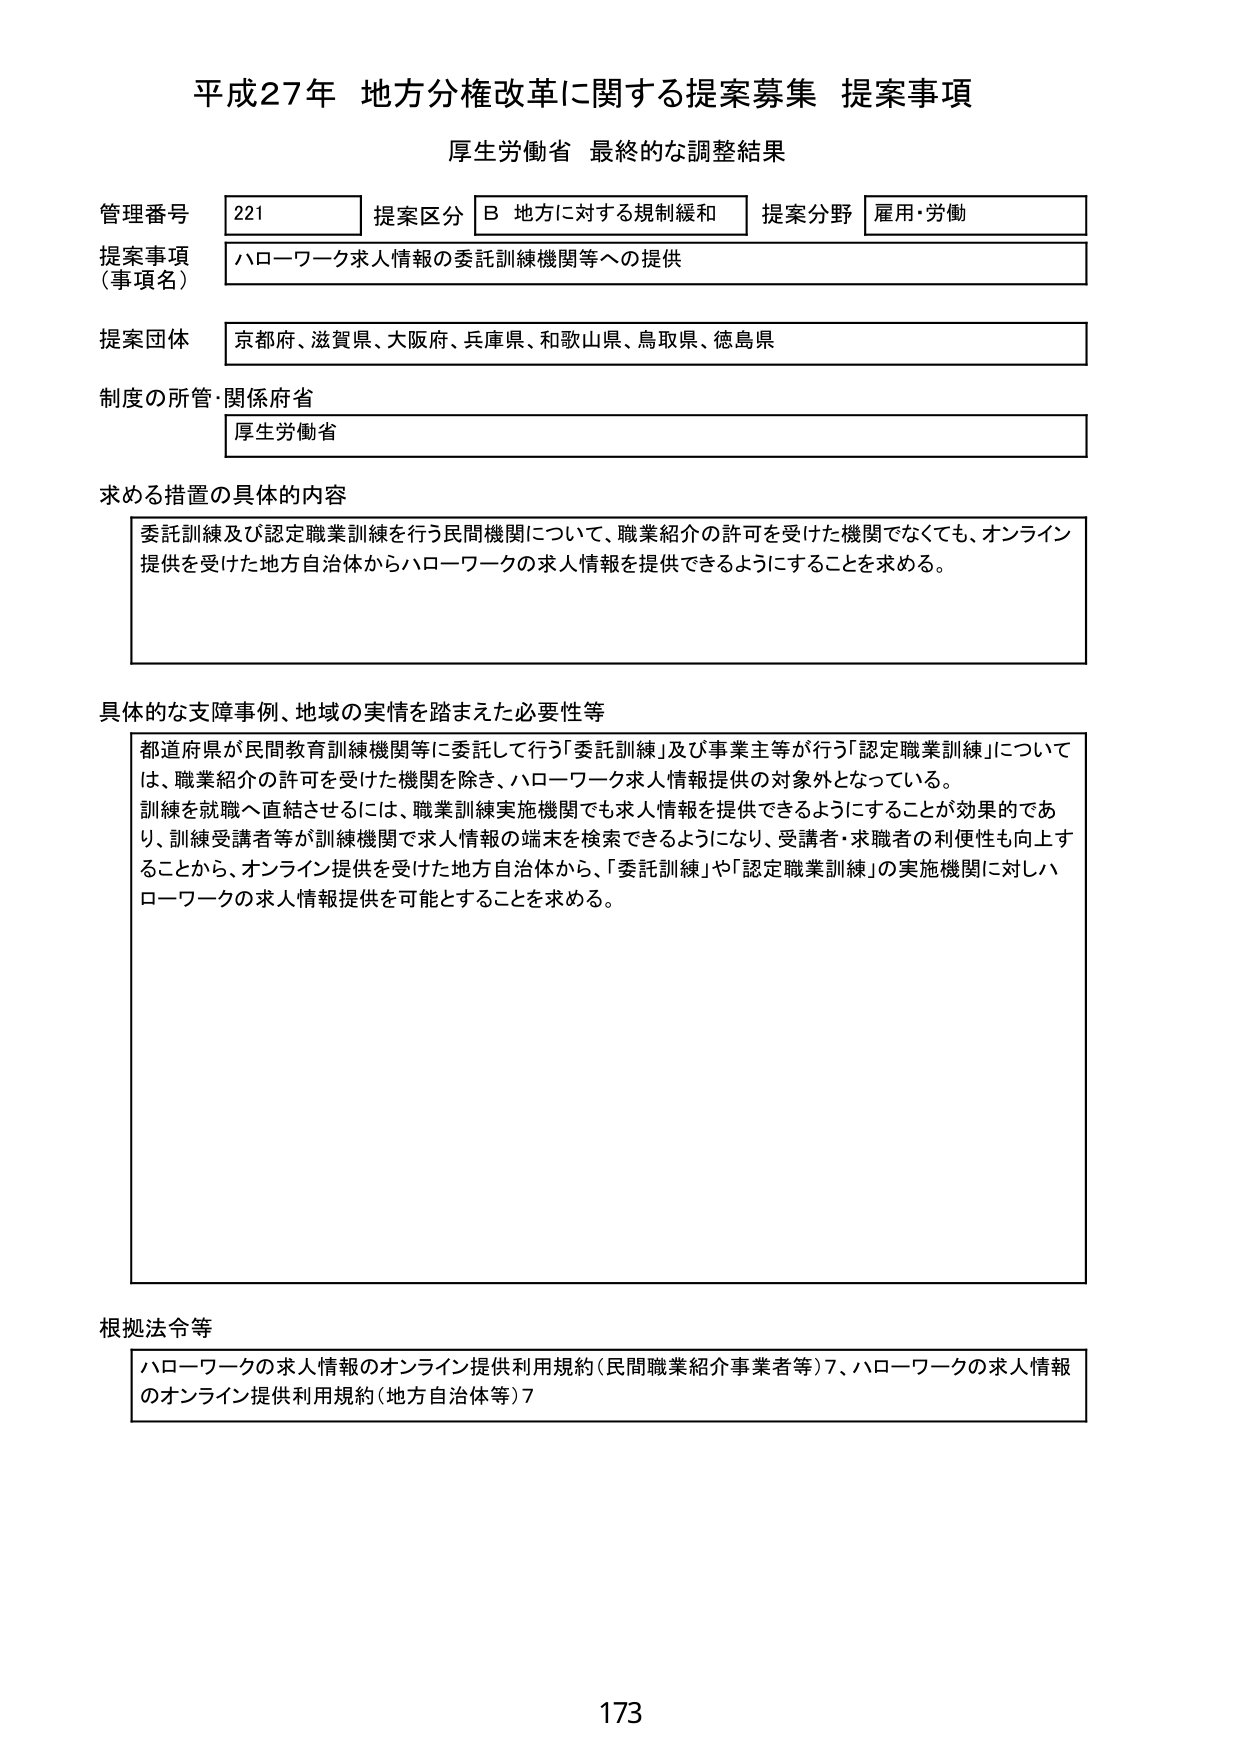
平成27年 地方分権改革に関する提案募集 提案事項
厚生労働省 最終的な調整結果

管理番号 221 提案区分 B 地方に対する規制緩和 提案分野 雇用・労働
提案事項（事項名） ハローワーク求人情報の委託訓練機関等への提供
提案団体 京都府、滋賀県、大阪府、兵庫県、和歌山県、鳥取県、徳島県
制度の所管・関係府省 厚生労働省

求める措置の具体的な内容
委託訓練及び認定職業訓練を行う民間機関について、職業紹介の許可を受けた機関でなくても、オンライン提供を受けた地方自治体からハローワークの求人情報を提供できるようにすることを求める。

具体的な支障事例、地域の実情を踏まえた必要性等
都道府県が民間教育訓練機関等に委託して行う「委託訓練」及び事業主等が行う「認定職業訓練」については、職業紹介の許可を受けた機関を除き、ハローワーク求人情報提供の対象外となっている。
訓練を就職へ直結させるには、職業訓練実施機関でも求人情報を提供できるようにすることが効果的であり、訓練受講者等が訓練機関で求人情報の端末を検索できるようになり、受講者・求職者の利便性も向上することから、オンライン提供を受けた地方自治体から、「委託訓練」や「認定職業訓練」の実施機関に対しハローワークの求人情報提供を可能とすることを求める。

根拠法令等
ハローワークの求人情報のオンライン提供利用規約（民間職業紹介事業者等）7、ハローワークの求人情報のオンライン提供利用規約（地方自治体等）7

173